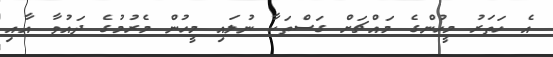
އެ ހަތަރު މީހުންގެ މައްޗަށް ގަސްތަކާ ނުލައި މީހުން މެރުމުގެ ދައުވާ އާއި